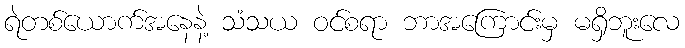
ရဲတစ်ယောက်အနေနဲ့ သံသယ ဝင်စရာ ဘာအကြောင်းမှ မရှိဘူးလေ